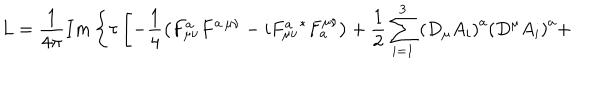
L = \frac { 1 } { 4 \pi } I m \left\{ \tau \left[ - \frac { 1 } { 4 } \left( F _ { \mu \nu } ^ { a } F ^ { a \, \mu \nu } - i F _ { \mu \nu } ^ { a } { } ^ { * } F _ { a } ^ { \mu \nu } \right) + \frac { 1 } { 2 } \sum _ { i = 1 } ^ { 3 } \left( D _ { \mu } A _ { i } \right) ^ { a } \left( D ^ { \mu } A _ { i } \right) ^ { a } + \right. \right.